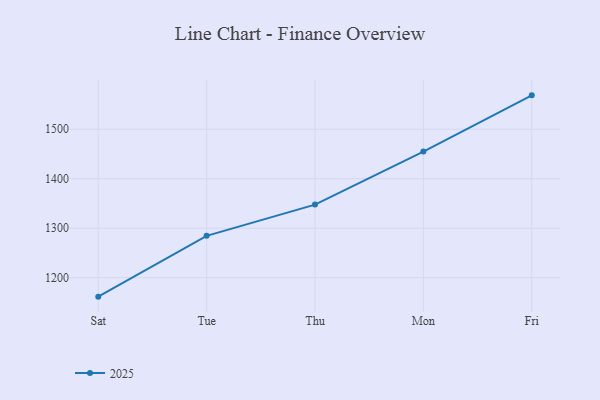
{"axis": {"x": "Day", "y": "Market Share (%)"}, "legend": ["2025"], "data": [{"x": "Sat", "y": 1161.7, "type": "2025"}, {"x": "Tue", "y": 1284.6, "type": "2025"}, {"x": "Thu", "y": 1347.7, "type": "2025"}, {"x": "Mon", "y": 1454.9, "type": "2025"}, {"x": "Fri", "y": 1568.4, "type": "2025"}]}